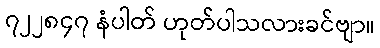
၇၂၂၈၄၇ နံပါတ် ဟုတ်ပါသလားခင်ဗျာ။